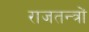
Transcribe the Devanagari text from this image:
राजतन्त्रों